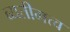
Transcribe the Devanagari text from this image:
व्यतीमत्व